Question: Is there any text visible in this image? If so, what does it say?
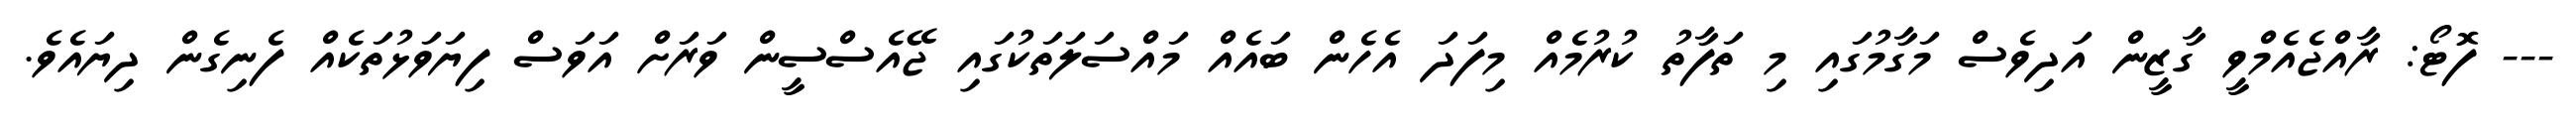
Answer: --- ފޮޓޯ: ރާއްޖެއެމްވީ ގާޒީން އަދިވެސް މަގާމުގައި މި ތަފާތު ކުރުމެއް މިފަދަ އެހެން ބައެއް މައްސަލަތަކުގައި ޖޭއެސްސީން ވަރަށް އަވަސް ފިޔަވަޅުތަކެއް ފެނިގެން ދިޔައެވެ.